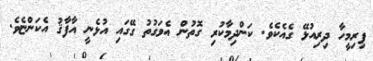
ފިރިމީހާ ދިރިއުޅޭ ގެއެކެވެ. ކަންދިމާކުރި ގޮތުން އެވަގުތު ގޭގައި އުޅެނީ އާފާޤު އެކަންޏެވެ.